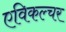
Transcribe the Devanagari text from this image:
एविकल्चर